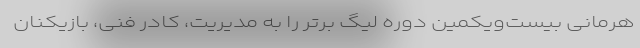
هرمانی بیست‌ویکمین دوره لیگ برتر را به مدیریت، کادر فنی، بازیکنان